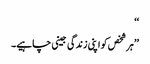
‘‘
’’ہر شخص کو اپنی زندگی جینی چاہیے۔